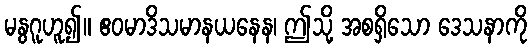
မနွဂူဟူ၍။ ဧဝမာဒိသမာနယနေန၊ ဤသို့ အစရှိသော ဒေသနာကို